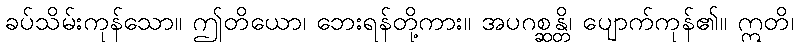
ခပ်သိမ်းကုန်သော။ ဤတိယော၊ ဘေးရန်တို့ကား။ အပဂစ္ဆန္တိ၊ ပျောက်ကုန်၏။ ဣတိ၊